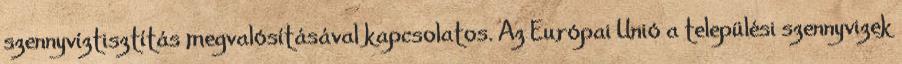
szennyvíztisztítás megvalósításával kapcsolatos. Az Európai Unió a települési szennyvizek